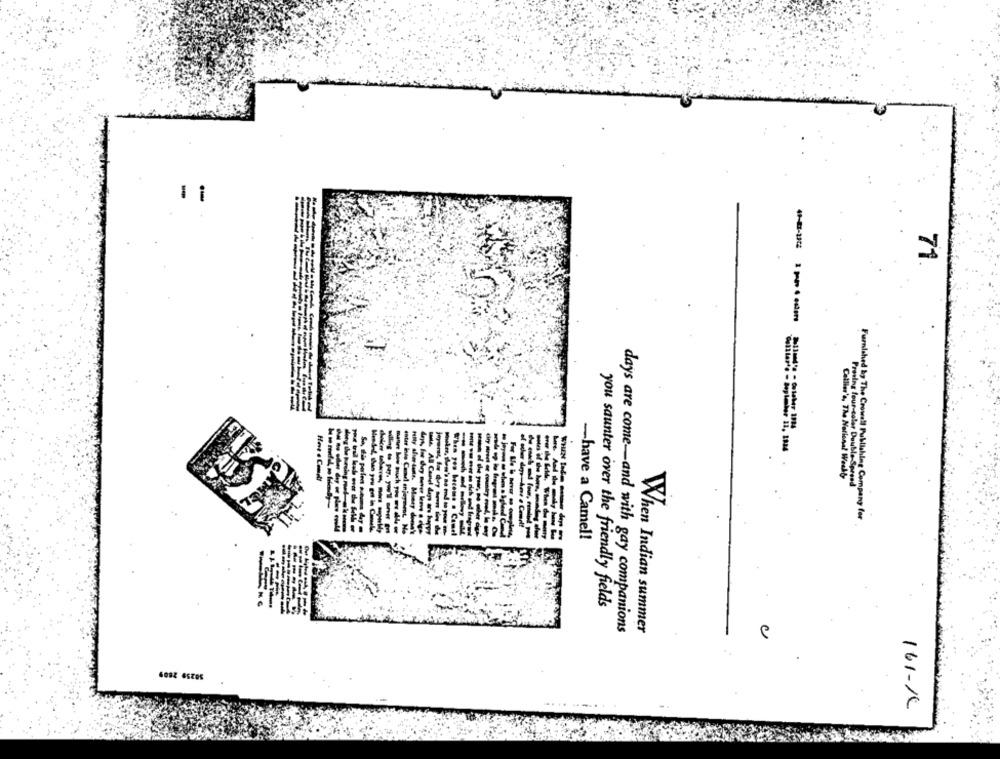
-
71
Cellier's, The National Week&
Proving four-color Double-Spread
Furnished by The Crowd !! Publishing Company for
-have a Camel!
you saunter over the friendly fields
days are come-and with gay companions
When Indian summer
161-16